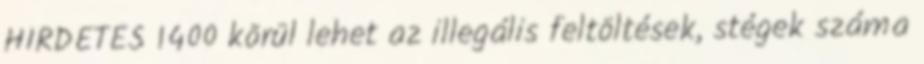
HIRDETÉS 1400 körül lehet az illegális feltöltések, stégek száma